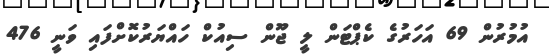
އުމުރުން 69 އަހަރުގެ ކެޕްޓަން ލީ ޖޫން ސިއުކް ހައްޔަރުކޮށްފައި ވަނީ 476